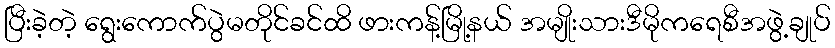
ပြီးခဲ့တဲ့ ရွေးကောက်ပွဲမတိုင်ခင်ထိ ဖားကန့်မြို့နယ် အမျိုးသားဒီမိုကရေစီအဖွဲ့ချုပ်